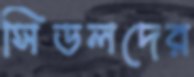
সিডলদের